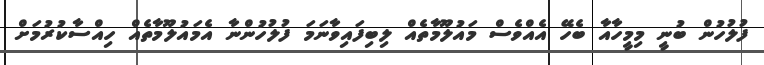
ފުލުހުން ބުނީ މިމީހާއާ ބެހޭ އެއްވެސް މައުލޫމާތެއް ލިބިފައިވާނަމަ ފުލުހުންނާ އެމައުލޫމާތެއް ހިއްސާކުރުމަށް